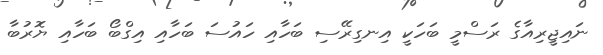
ނައިޖީރިއާގެ ރަސްމީ ބަހަކީ އިނގިރޭސި ބަހާއި ހައުސަ ބަހާއި އިގްބޯ ބަހާއި ޔޮރުބާ